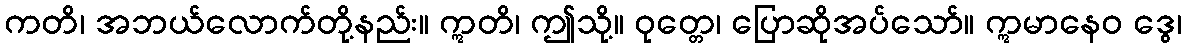
ကတိ၊ အဘယ်လောက်တို့နည်း။ ဣတိ၊ ဤသို့။ ဝုတ္တေ၊ ပြောဆိုအပ်သော်။ ဣမာနေဝ ဒွေ၊